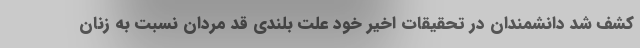
کشف شد دانشمندان در تحقیقات اخیر خود علت بلندی قد مردان نسبت به زنان